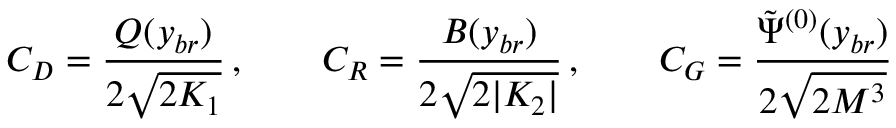
{ \cal C } _ { D } = { \frac { Q ( y _ { b r } ) } { 2 \sqrt { 2 { \cal K } _ { 1 } } } } \, , \qquad { \cal C } _ { R } = { \frac { B ( y _ { b r } ) } { 2 \sqrt { 2 | { \cal K } _ { 2 } | } } } \, , \qquad { \cal C } _ { G } = { \frac { \tilde { \Psi } ^ { ( 0 ) } ( y _ { b r } ) } { 2 \sqrt { 2 M ^ { 3 } } } }